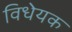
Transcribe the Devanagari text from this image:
विधेयक